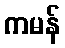
ကမန်